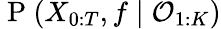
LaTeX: \mathrm{~P~}(X_{0:T},f\mid\mathcal{O}_{1:K})